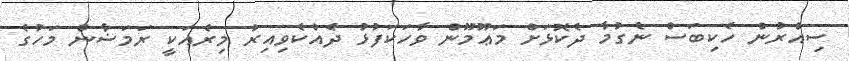
ސިއްރުން ހެކިބަސް ނެގުމާ ދެކޮޅަށް މަޢޫމޫން ވާހަކަފުޅު ދެއްކެވިއިރު މިރެއަކީ ރަމަޟާން މަހުގެ